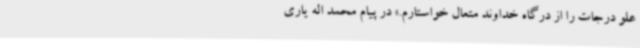
علو درجات را از درگاه خداوند متعال خواستارم.» در پیام محمد اله یاری